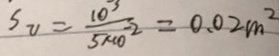
S _ { v } = \frac { 1 0 ^ { - 3 } } { 5 \times 1 0 ^ { - 2 } } = 0 . 0 2 m ^ { 2 }